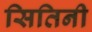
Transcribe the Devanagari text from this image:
सितिनी